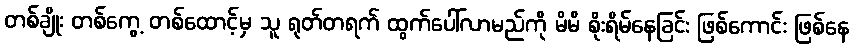
တစ်ချိုး တစ်ကွေ့ တစ်ထောင့်မှ သူ ရုတ်တရက် ထွက်ပေါ်လာမည်ကို မိမိ စိုးရိမ်နေခြင်း ဖြစ်ကောင်း ဖြစ်နေ